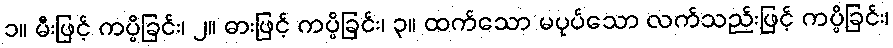
၁။ မီးဖြင့် ကပ္ပိခြင်း၊ ၂။ ဓားဖြင့် ကပ္ပိခြင်း၊ ၃။ ထက်သော မပုပ်သော လက်သည်းဖြင့် ကပ္ပိခြင်း၊